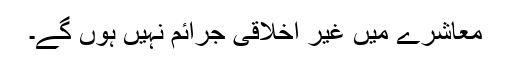
معاشرے میں غیر اخلاقی جرائم نہیں ہوں گے۔